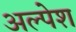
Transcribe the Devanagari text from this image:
अल्पेश